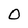
Character: O